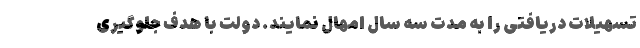
تسهیلات دریافتی را به مدت سه سال امهال نمایند. دولت با هدف جلوگیری